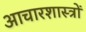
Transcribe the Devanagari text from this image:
आचारशास्त्रों